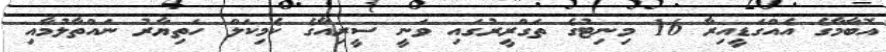
އޮބާމާގެ އެއްގަޑީއިރާ 16 މިނިޓުގެ ތަގްރީރުގައި ވަނީ ސީރިއާގެ ކެމިކަލް ހަތިޔާރު ނައްތާލުމާއި